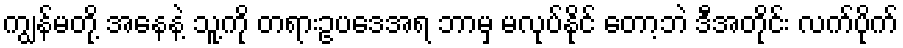
ကျွန်မတို့ အနေနဲ့ သူ့ကို တရားဥပဒေအရ ဘာမှ မလုပ်နိုင် တော့ဘဲ ဒီအတိုင်း လက်ပိုက်